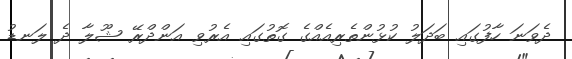
ދެވަނަ ހާފުގައި ބަދަލު ކުޅުންތެރިއެއްގެ ގޮތުގައި އެރުވި އަންދްރޭ ޝޫލާ ދެ ލަނޑު